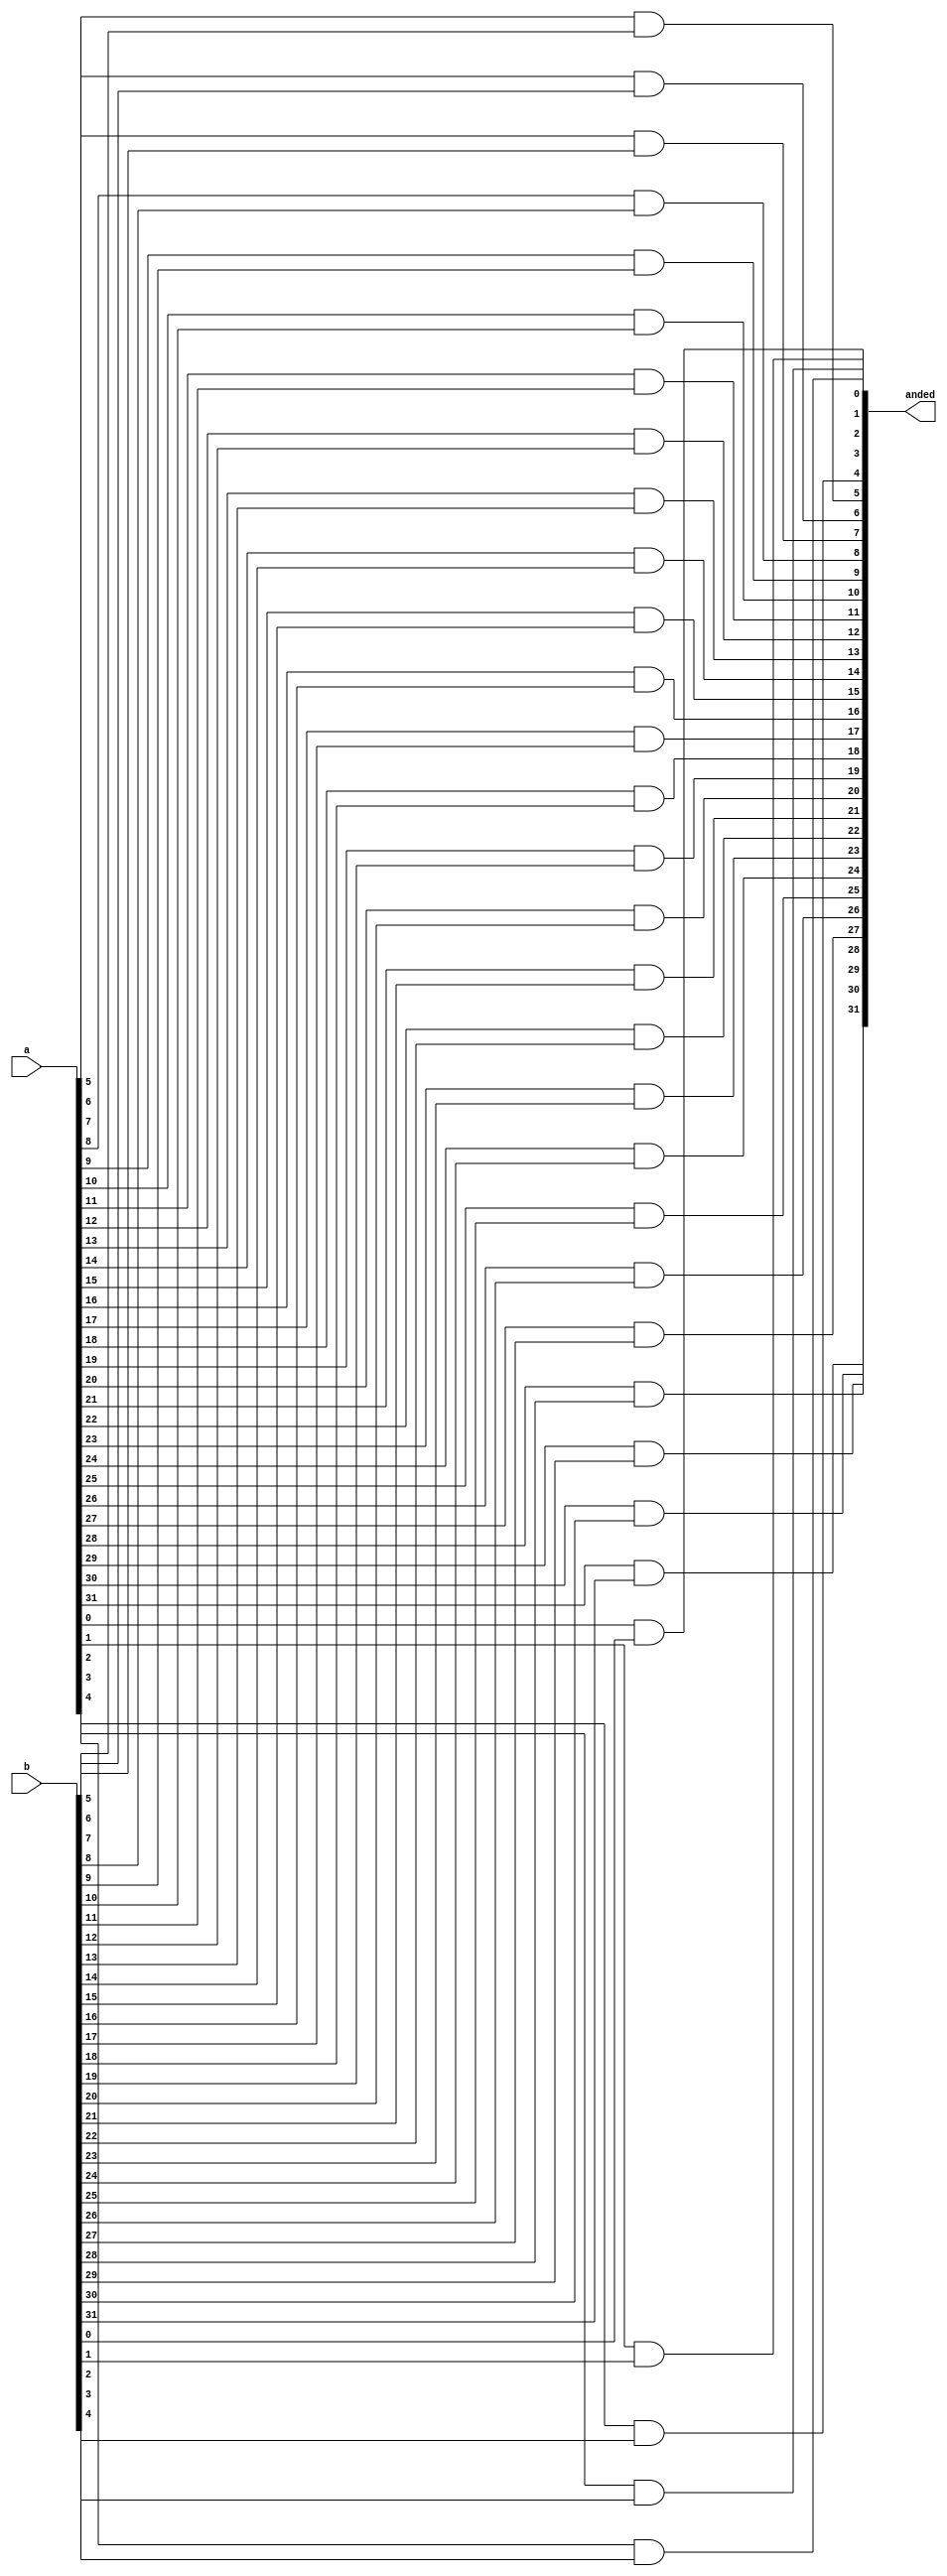
module ander(anded, a, b);
input [31:0]a, b;
output [31:0]anded;

and anding0(anded[0], a[0], b[0]);
and anding1(anded[1], a[1], b[1]);
and anding2(anded[2], a[2], b[2]);
and anding3(anded[3], a[3], b[3]);
and anding4(anded[4], a[4], b[4]);
and anding5(anded[5], a[5], b[5]);
and anding6(anded[6], a[6], b[6]);
and anding7(anded[7], a[7], b[7]);
and anding8(anded[8], a[8], b[8]);
and anding9(anded[9], a[9], b[9]);
and anding10(anded[10], a[10], b[10]);
and anding11(anded[11], a[11], b[11]);
and anding12(anded[12], a[12], b[12]);
and anding13(anded[13], a[13], b[13]);
and anding14(anded[14], a[14], b[14]);
and anding15(anded[15], a[15], b[15]);
and anding16(anded[16], a[16], b[16]);
and anding17(anded[17], a[17], b[17]);
and anding18(anded[18], a[18], b[18]);
and anding19(anded[19], a[19], b[19]);
and anding20(anded[20], a[20], b[20]);
and anding21(anded[21], a[21], b[21]);
and anding22(anded[22], a[22], b[22]);
and anding23(anded[23], a[23], b[23]);
and anding24(anded[24], a[24], b[24]);
and anding25(anded[25], a[25], b[25]);
and anding26(anded[26], a[26], b[26]);
and anding27(anded[27], a[27], b[27]);
and anding28(anded[28], a[28], b[28]);
and anding29(anded[29], a[29], b[29]);
and anding30(anded[30], a[30], b[30]);
and anding31(anded[31], a[31], b[31]);

endmodule